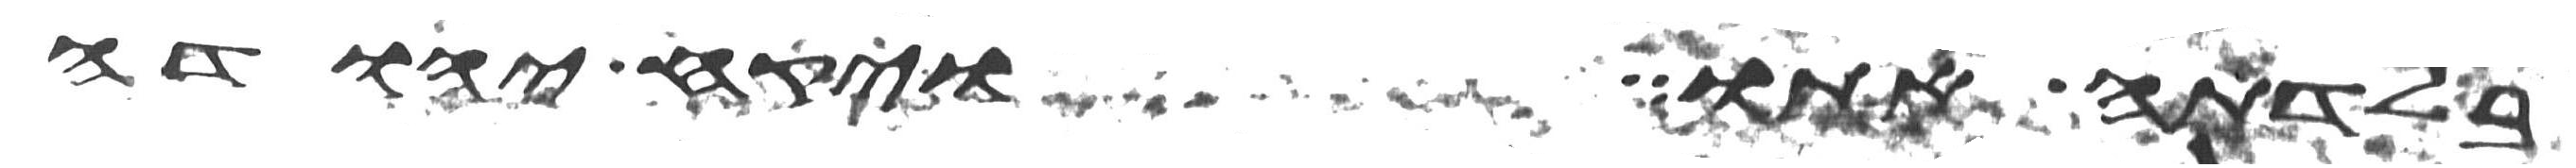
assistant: בלדתה אתו ויקח יהודה